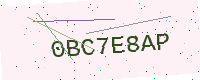
Text: 0BC7E8AP